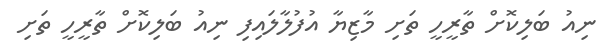
ނިއު ބަލިކޮށް ތާރީހީ ތަށި މާޒިޔާ އުފުލާލައިފި ނިއު ބަލިކޮށް ތާރީހީ ތަށި